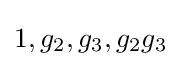
1,g_{2},g_{3},g_{2}g_{3}